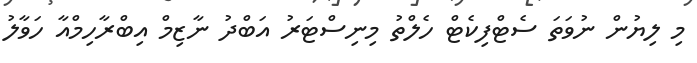
މި ލިޔުން ނުވަތަ ސެޓްފިކެޓް ހެލްތު މިނިސްޓަރު އަބްދު ނާޒިމް އިބްރާހިމްއާ ހަވާލު